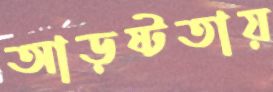
আড়ষ্টতায়